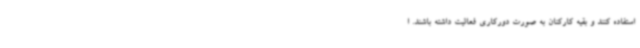
استفاده کنند و بقیه کارکنان به صورت دورکاری فعالیت داشته باشند. ا